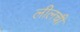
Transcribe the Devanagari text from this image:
लीलची